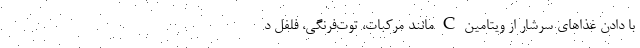
با دادن غذاهای سرشار از ویتامین C مانند مرکبات، توت‌فرنگی، فلفل د